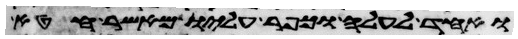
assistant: ואחד לעלה וכפר עליו מאשר חטא